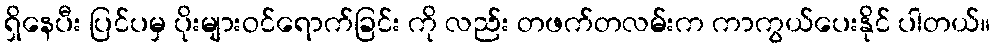
ရှိနေပီး ပြင်ပမှ ပိုးများဝင်ရောက်ခြင်း ကို လည်း တဖက်တလမ်းက ကာကွယ်ပေးနိုင် ပါတယ်။